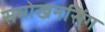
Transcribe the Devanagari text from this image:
समोखनसिंग